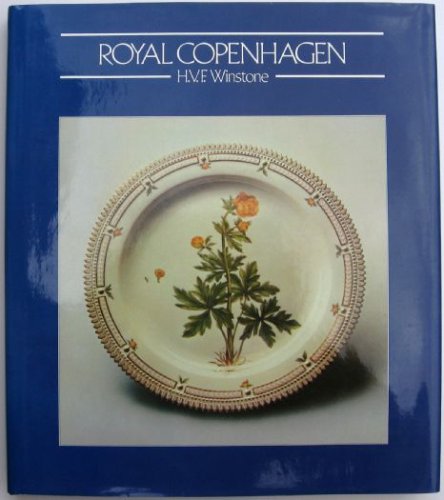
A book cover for Royal Copenhagen; H. V. F. Winstone; Travel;